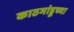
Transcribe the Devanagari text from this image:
काठमांडुच्या